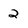
Character: 2